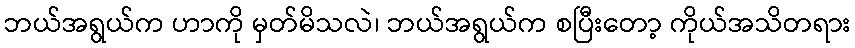
ဘယ်အရွယ်က ဟာကို မှတ်မိသလဲ၊ ဘယ်အရွယ်က စပြီးတော့ ကိုယ်အသိတရား